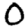
Digit: 0